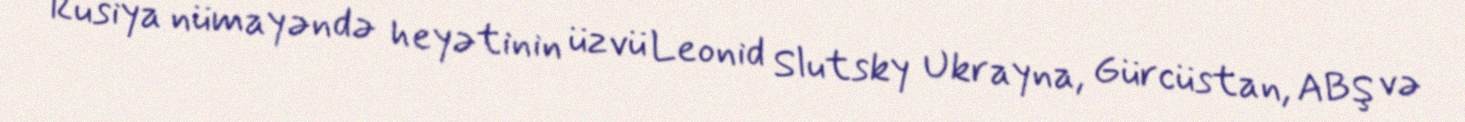
Rusiya nümayəndə heyətinin üzvü Leonid Slutsky Ukrayna, Gürcüstan, ABŞ və